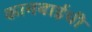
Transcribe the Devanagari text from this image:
कानबाईची